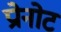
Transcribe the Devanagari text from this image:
प्रोनोट